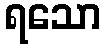
ရသော